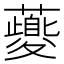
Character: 𧃍